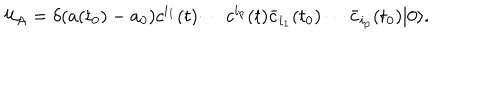
LaTeX: { \cal U } _ { A } = \delta ( a ( t _ { 0 } ) - a _ { 0 } ) c ^ { i _ { 1 } } ( t ) \cdots c ^ { i _ { p } } ( t ) \bar { c } _ { i _ { 1 } } ( t _ { 0 } ) \cdots \bar { c } _ { i _ { p } } ( t _ { 0 } ) | 0 \rangle .